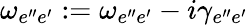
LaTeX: \omega_{e^{\prime\prime}e^{\prime}}:=\omega_{e^{\prime\prime}e^{\prime}}-i\gamma_{e^{\prime\prime}e^{\prime}}